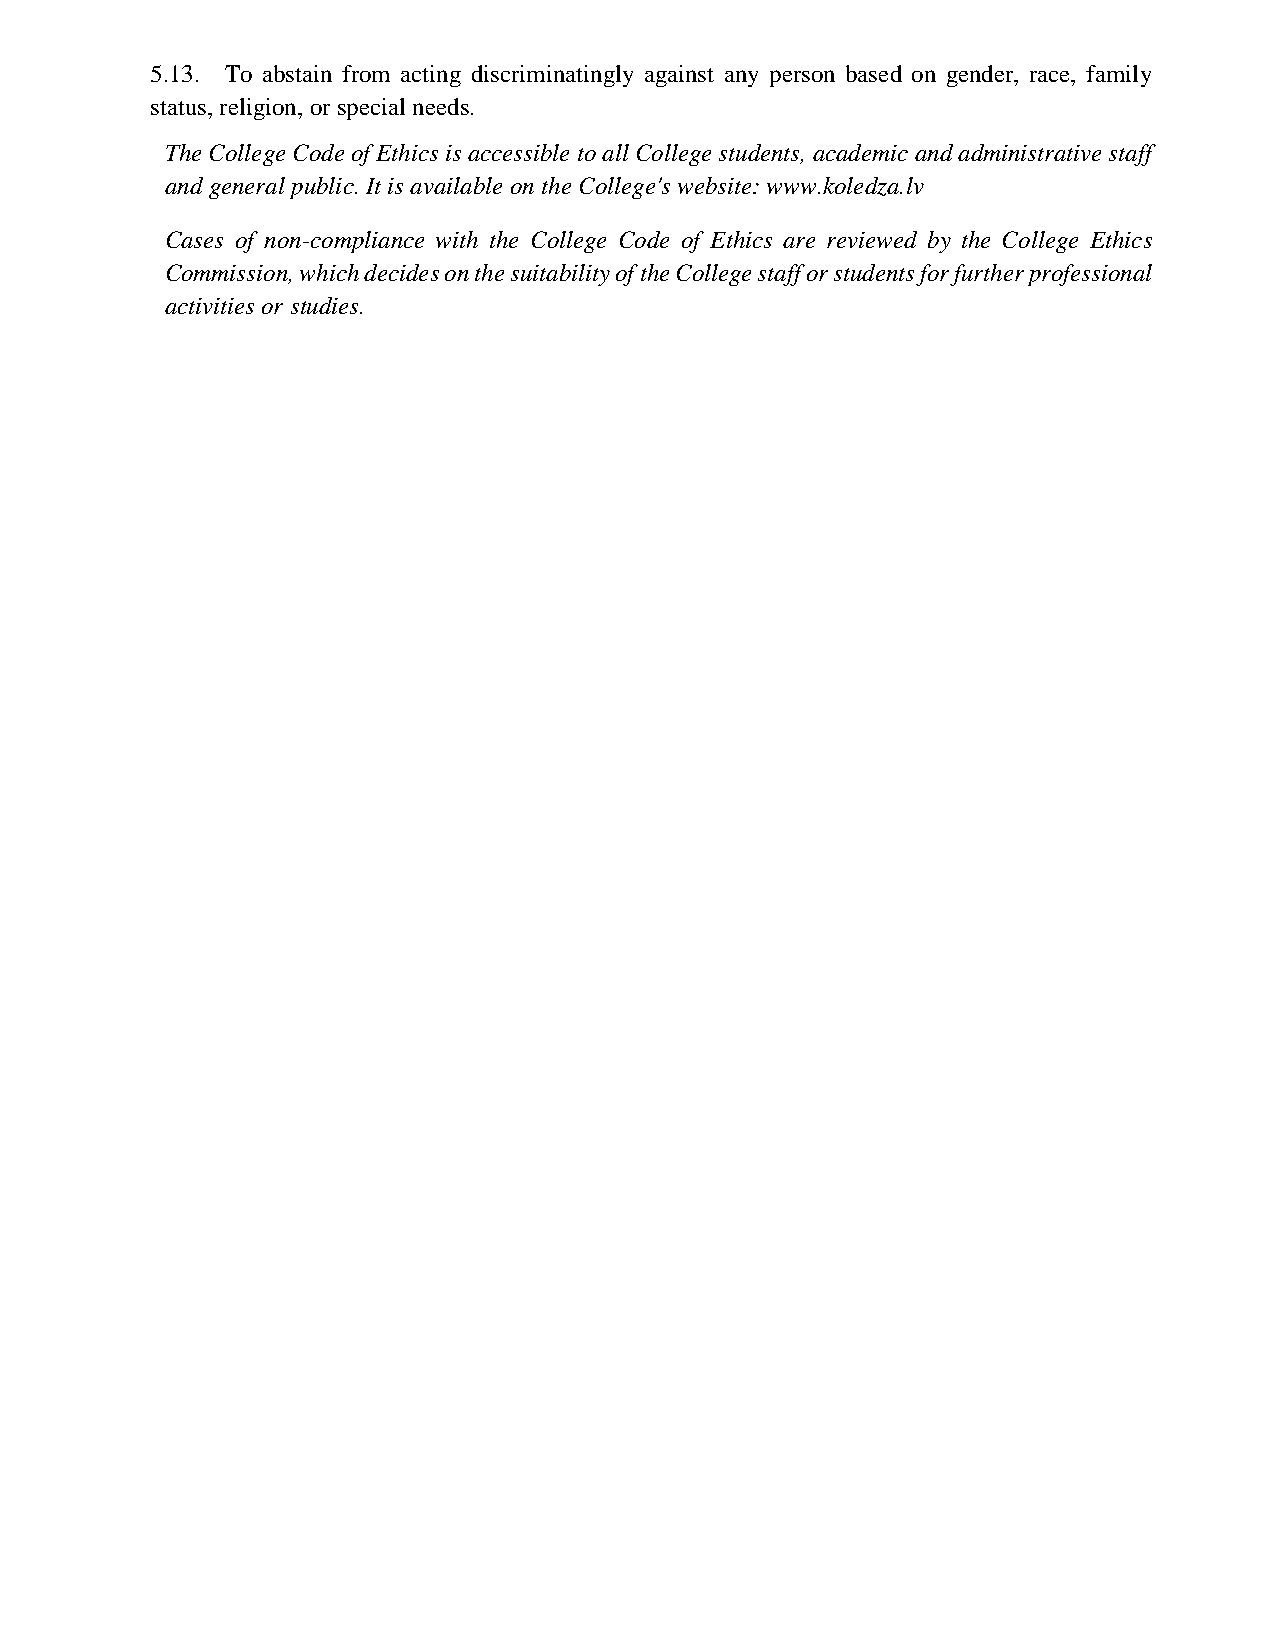
5.13. To abstain from acting discriminatingly against any person based on gender, race, family
 status, religion, or special needs.
 The College Code of Ethics is accessible to all College students, academic and administrative staff
 and general public. It is available on the College's website: www.koledza.lv
 Cases of non-compliance with the College Code of Ethics are reviewed by the College Ethics
 Commission, which decides on the suitability of the College staff or students for further professional
 activities or studies.